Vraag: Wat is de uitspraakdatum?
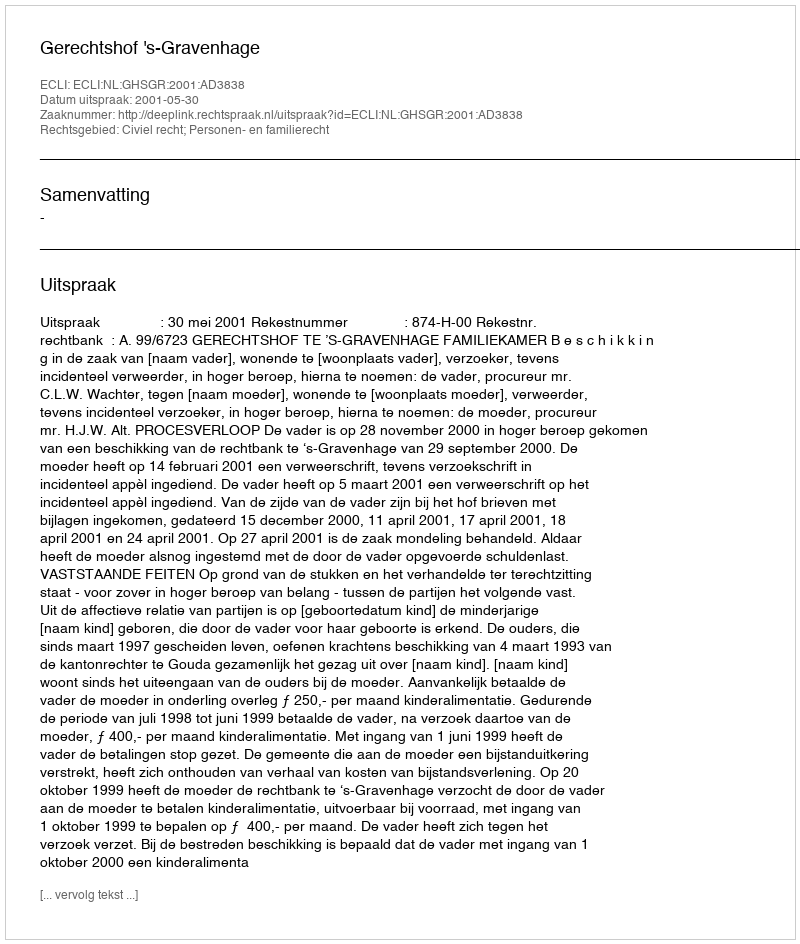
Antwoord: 2001-05-30